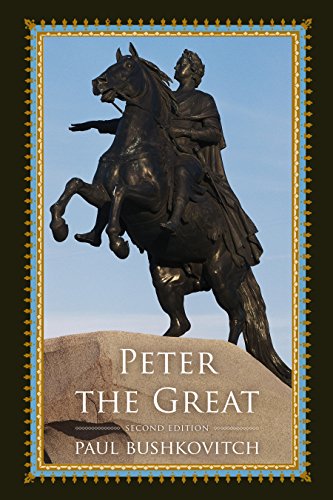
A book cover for Peter the Great (Critical Issues in World and International History); Paul Bushkovitch; Biographies & Memoirs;